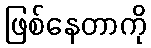
ဖြစ်နေတာကို